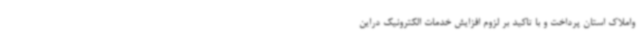
واملاک استان پرداخت و با تاکید بر لزوم افزایش خدمات الکترونیک دراین